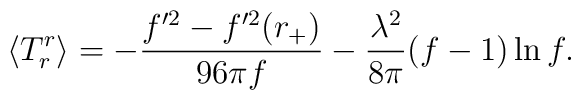
\langle T^r_r \rangle = - { f'^2 - f'^2(r_+) \over 96 \pi f} - {\lambda^2 \over 8 \pi}(f-1) \ln f.